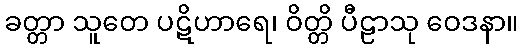
ခတ္တာ သူတေ ပဋိဟာရေ၊ ဝိတ္တိ ပီဠာသု ဝေဒနာ။